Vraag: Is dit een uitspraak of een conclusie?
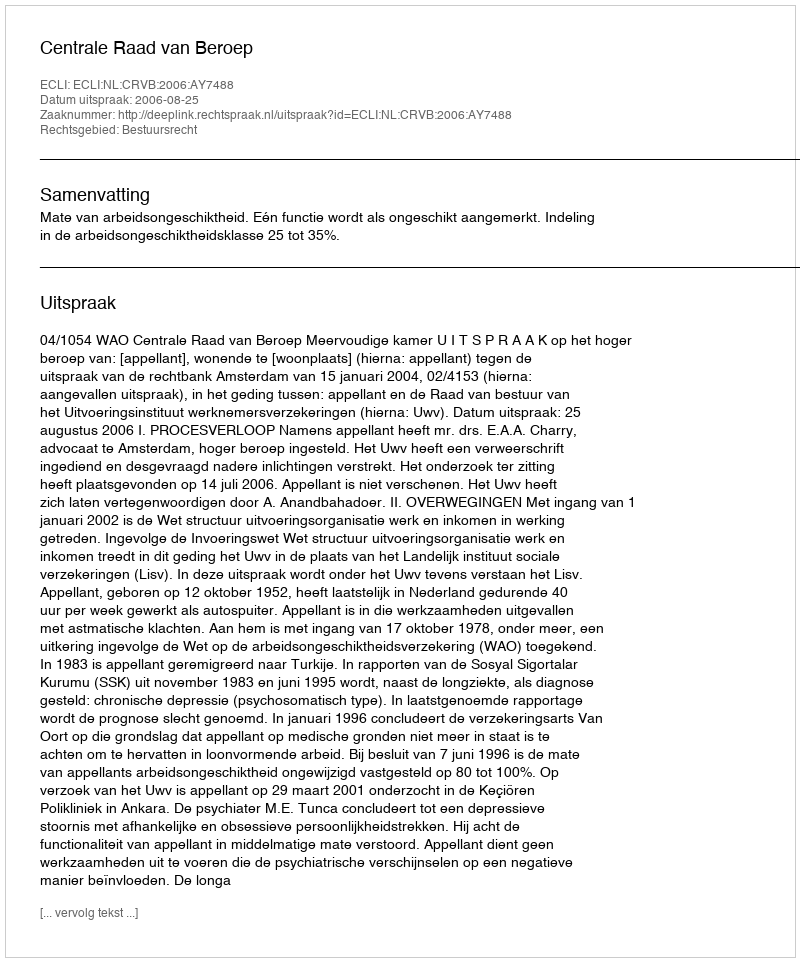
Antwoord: Uitspraak